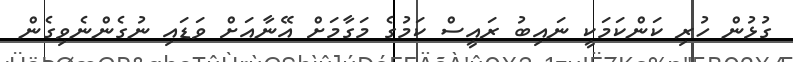
ގުޅުން ހުރި ކަންކަމަކީ ނައިބު ރައީސް ކަމުގެ މަގާމަށް އޭނާއަށް ވަޑައި ނުގެންނެވިގެން